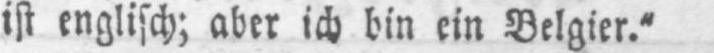
ist englisch; aber ich bin ein Belgier.“